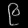
Digit: ၉